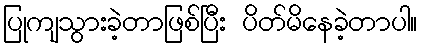
ပြုကျသွားခဲ့တာဖြစ်ပြီး ပိတ်မိနေခဲ့တာပါ။